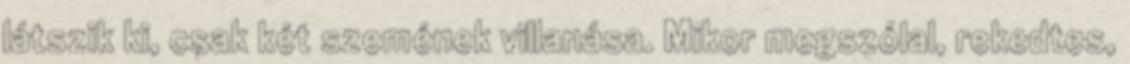
látszik ki, csak két szemének villanása. Mikor megszólal, rekedtes,